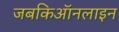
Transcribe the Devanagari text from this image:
जबकिऑनलाइन